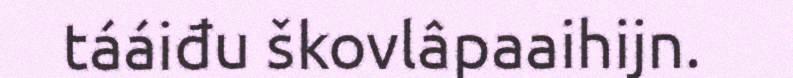
tááiđu škovlâpaaihijn.